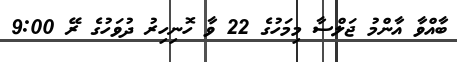
ބާއްވާ އާންމު ޖަލްސާ މިމަހުގެ 22 ވާ ހޮނިހިރު ދުވަހުގެ ރޭ 9:00